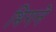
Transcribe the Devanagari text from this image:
भिगने